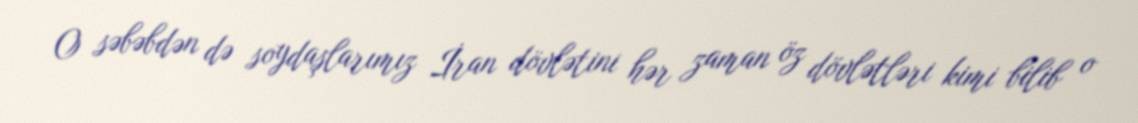
O səbəbdən də soydaşlarımız İran dövlətini hər zaman öz dövlətləri kimi bilib o